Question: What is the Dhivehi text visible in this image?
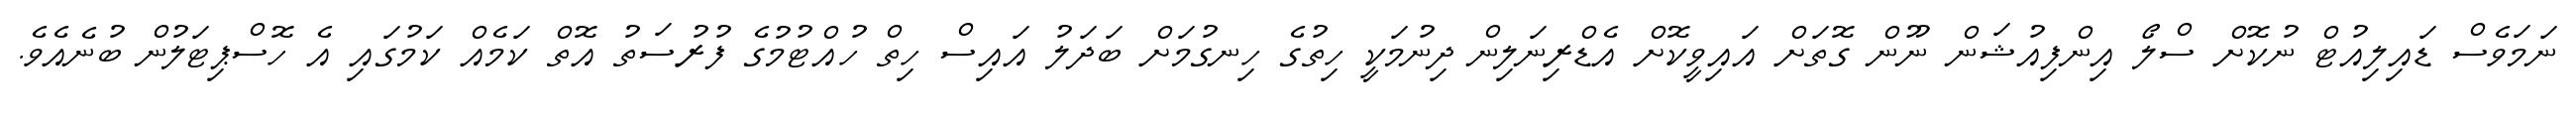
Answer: ނަމަވެސް ޑައިލިއުޓް ނުކޮށް ސްލޯ އިންފިއުޝަން ނޫން ގޮތަށް އައިވީކޮށް އެޑްރިނަލިން ދިނުމަކީ ހިތުގެ ހިނގުމަށް ބަދަލު އައިސް ހިތް ހުއްޓުމުގެ ފުރުސަތު އޮތް ކަމެއް ކަމުގައި އެ ހޮސްޕިޓަލުން ބުނެއެވެ.